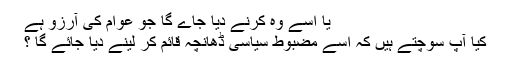
یا اسے وہ کرنے دیا جاے گا جو عوام کی آرزو ہے
کیا آپ سوچتے ہیں کہ اسے مضبوط سیاسی ڈھانچہ قائم کر لینے دیا جائے گا ؟